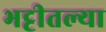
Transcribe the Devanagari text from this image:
भट्टीतल्या